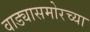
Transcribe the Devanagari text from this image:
वाड्यासमोरच्या